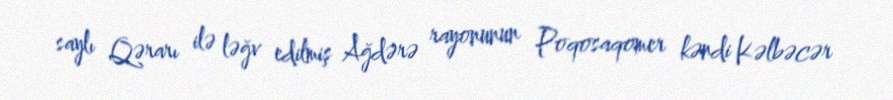
saylı Qərarı ilə ləğv edilmiş Ağdərə rayonunun Poqosaqomer kəndi Kəlbəcər